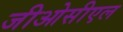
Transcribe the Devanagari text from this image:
जीओसीएल